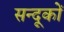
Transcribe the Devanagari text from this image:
सन्दूकों